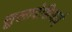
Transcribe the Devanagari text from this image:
सुलावेशियाई